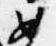
如